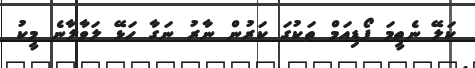
ކަލޭ ނެތީމަ ޕޯޑިއަމް ތަކުގަ ކަރުން ނާރު ނަގާ ހަޅޭ ލަވާލާނެ މީކު